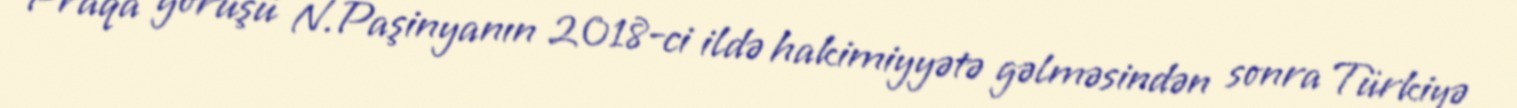
Praqa görüşü N.Paşinyanın 2018-ci ildə hakimiyyətə gəlməsindən sonra Türkiyə